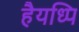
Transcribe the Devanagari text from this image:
हैयध्पि